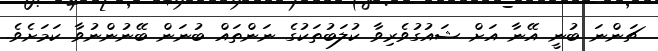
ޗަންނަ ބުނީ އޭނާ އަށް ޝައުގުވެރިވާ ކުލަބުތަކުގެ ނަންތައް ބުނަން ބޭނުންނުވާ ކަމަށެވެ.